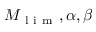
M _ { \mathrm { ~ l ~ i ~ m ~ } } , \alpha , \beta